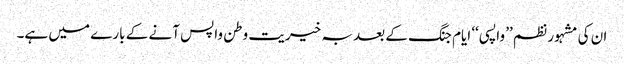
ان کی مشہور نظم ’’ واپسی ‘‘ ایام جنگ کے بعد بہ خیریت وطن واپس آنے کے بارے میں ہے۔